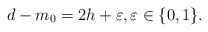
\begin{align*}d-m_0=2h+\varepsilon,\varepsilon\in\{0,1\}.\end{align*}